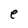
Character: e